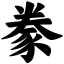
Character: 豢